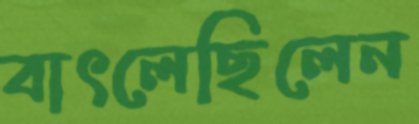
বাৎলেছিলেন